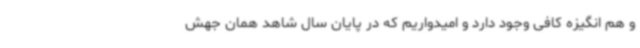
و هم انگیزه کافی وجود دارد و امیدواریم که در پایان سال شاهد همان جهش